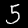
Label: 5